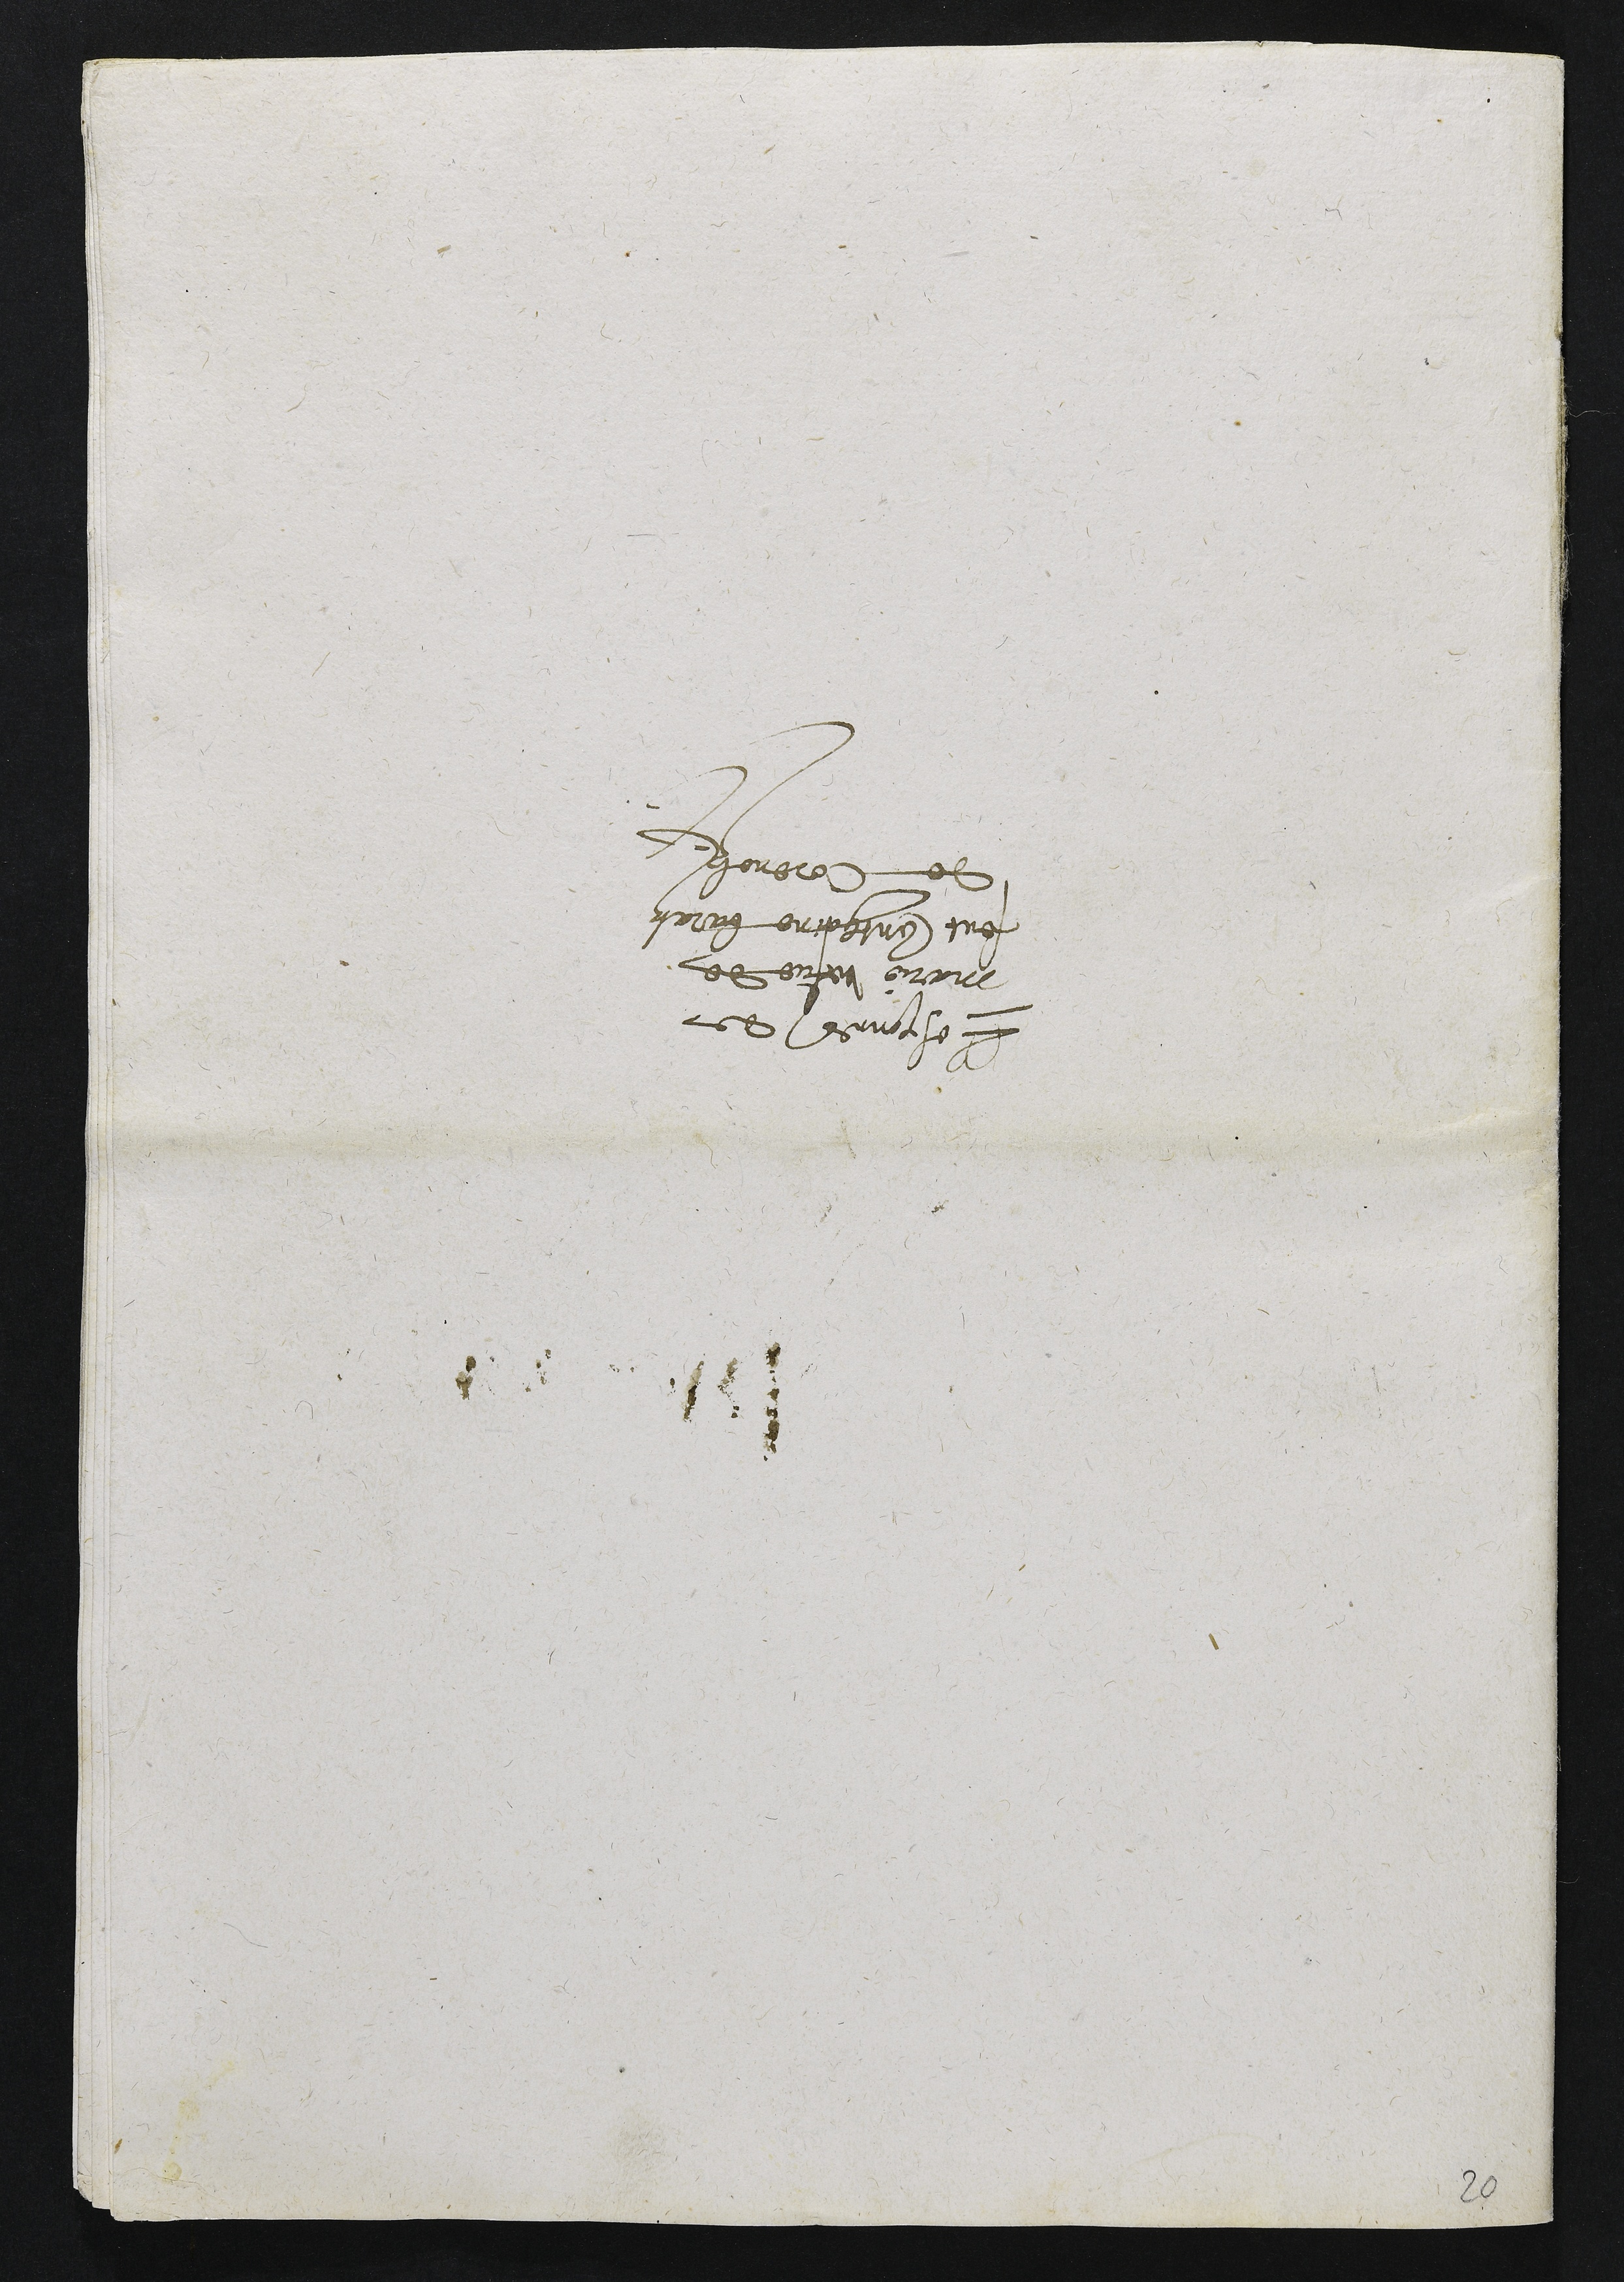
Responces de
Marie vefve de
Feut Anthoine barat
De Corenol